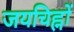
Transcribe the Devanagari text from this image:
जयचिह्नों